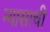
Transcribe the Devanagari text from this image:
न्यासाची